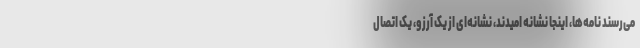
می‌رسند نامه‌ها، اینجا نشانه امیدند، نشانه‌ای از یک آرزو، یک اتصال